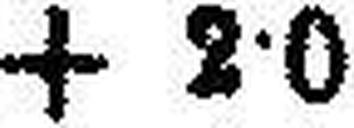
+ 2·0